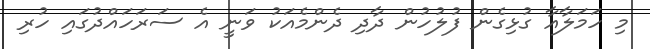
މި ހަމަލާއާ ގުޅިގެން ފުލުހުން ދާދި ދެންމެއަކު ވަނީ އެ ސަރަހައްދުގައި ހުރި